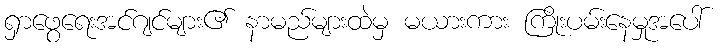
ရှာဖွေရေးအင်ဂျင်များ၏ နာမည်များထဲမှ မယားကား ကြိုးပမ်းနေမှုအပေါ်